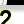
Digit: 2